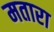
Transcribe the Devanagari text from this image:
मतारा